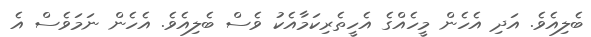
ބެލިއެވެ. އަދި އެހެން މީހެއްގެ އެހީތެރިކަމާއެކު ވެސް ބެލިއެވެ. އެހެން ނަމަވެސް އެ